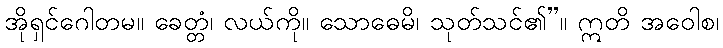
အိုရှင်ဂေါတမ။ ခေတ္တံ၊ လယ်ကို။ သောဓေမိ၊ သုတ်သင်၏”။ ဣတိ အဝေါစ၊